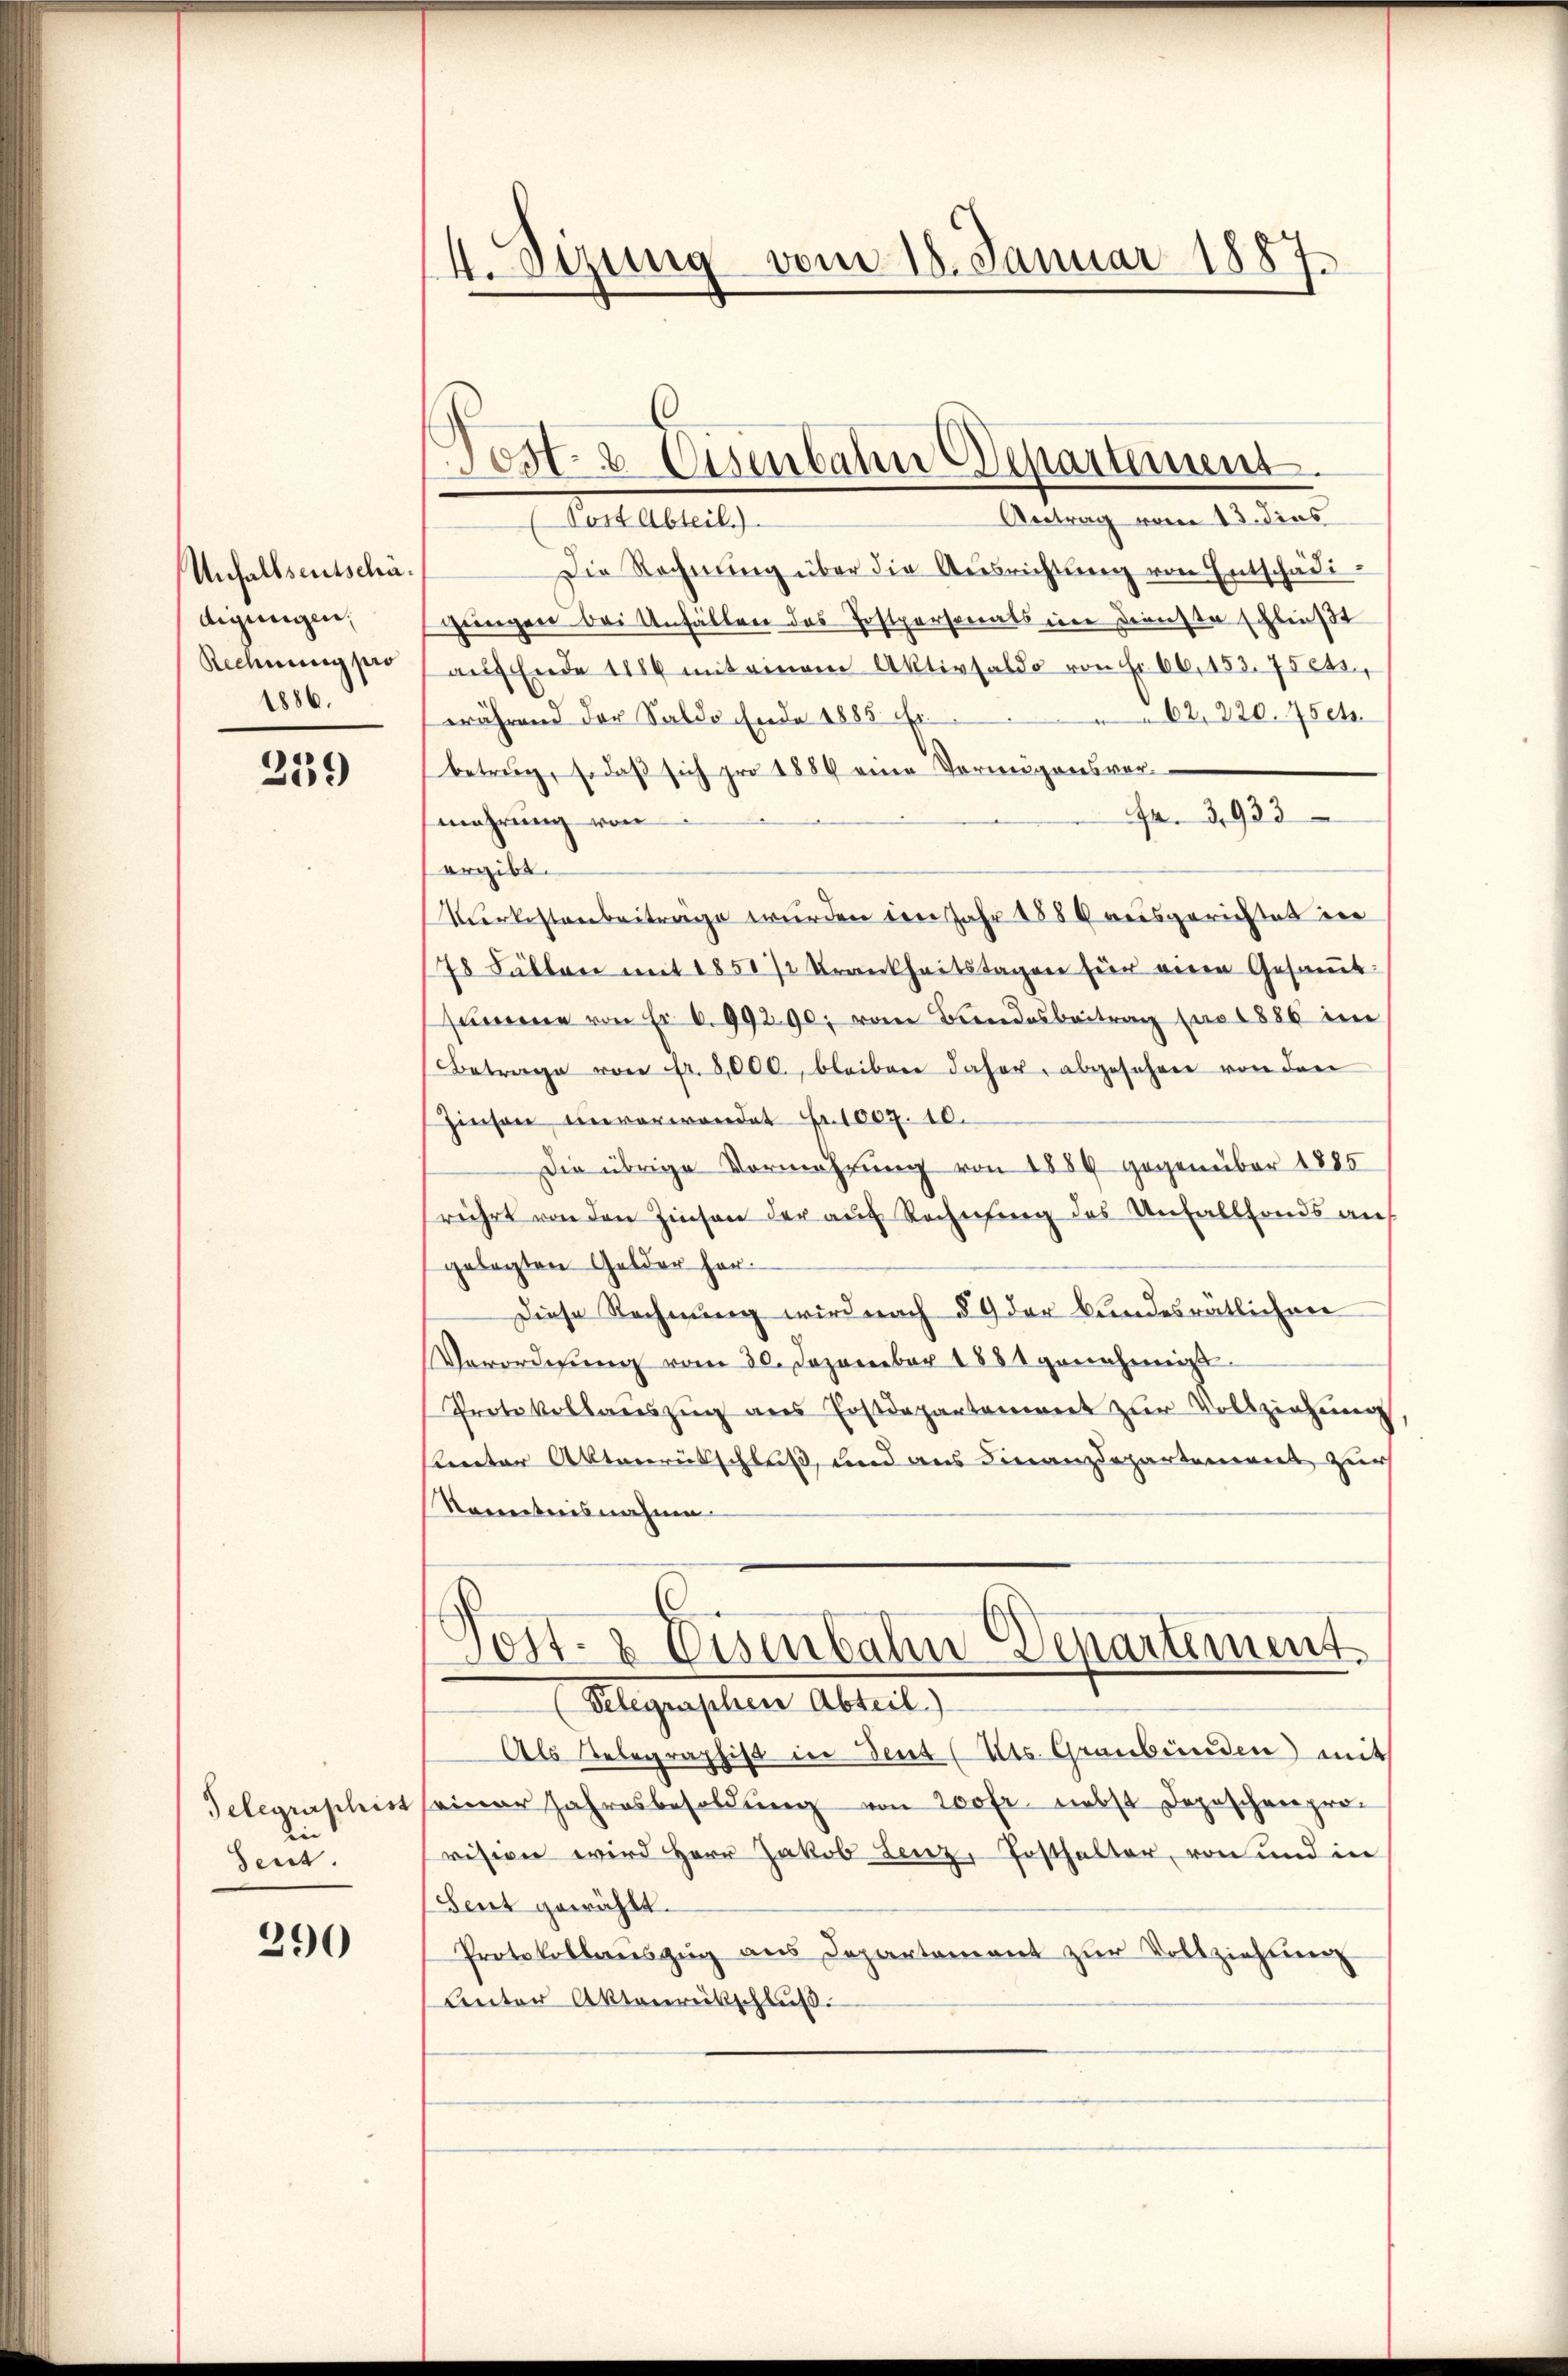
Unfallseitschadigungen,
Rechnung pro
1886.

239

Gelegraphist
Seut.

290

4. Sezung vom 18. Januar 1887.

Post- & Eisenbahn Departement.

Antrag vom 13. dies
Cataltung
Die Rechnŭng über die Ausrichtung von Entschädigungen bei Anfällen des Postpersonats in Dienste schließt
aŭf Ende 1880 mit einem Aktivsaldo von Fr. 66, 152. 75 er,
62. 220. 4504
während der Saldo Ende 1885 Fr.
betrug, so daß sich pro 1884 eine Vorwegensver-
Fr. 3933
mehrung von
ergibt.
Vurkostenbeiträge wurden den Jahr 1886 ausgerichtet in
78 Fällen mit 1850 72 Krankheitstagen für einen Gesaṁt:
sŭmme von Er 6. 99290; vom Bundesbeitrag pro 1886 im
Betrage von fr. 8000., bleiben daher, abgesehen von den
Zinsen unverwendet Fr. 1009. 10.
Die übrige Vermehrung von 1889 gegenüber 1885
rührt von den Zinsen der auf Rechnung des Unfallfonds auf
gelegten Gelder her¬
Diese Rechnung wird nach § 9 der bundesrätlichen
Verordnung vom 30. Dezember 1881 genehmigt
Protokollaŭszŭg ans Postdepartement zur Vollziehung
Kenter Aktenrütschluß, und aus Finanzdepartement zur
Namentensnahme |

Post- & Eisenbahn Departement

Hlegenschen Abtreit
Als Telegraphist in dent (Cts. Graubünden mit
einer Jahresbesoldung von 200 fr. nebst Depeschenprovision wird Herr Jakob Lenz, Posthalter, von und in
Seut gewählt.
Protokollanszŭg ans Departement zŭr Vollziehung
Lnter Aktenrückschlŭβ